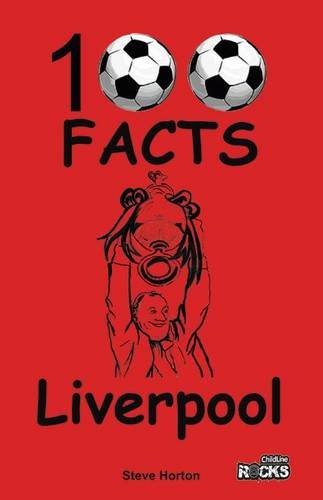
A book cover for Liverpool - 100 Facts; Steve Horton; Teen & Young Adult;